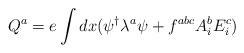
LaTeX: \begin{align*}Q^a=e\int dx (\psi^\dagger \lambda^a \psi + f^{abc}A_i^bE_i^c)\end{align*}